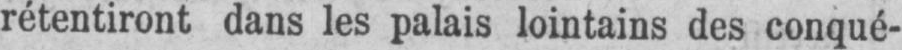
rétentiront dans les palais lointains des conqué-